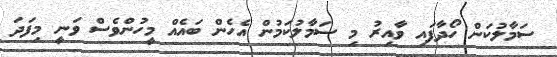
ސަމާލުކަން ހޯދާފައި ވާއިރު މި ސަމާލުކަމުން އެހެން ބައެއް މީހުންވެސް ވަނީ މިފަދަ